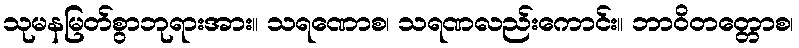
သုမနမြတ်စွာဘုရားအား။ သရဏောစ၊ သရဏလည်းကောင်း။ ဘာဝိတတ္တောစ၊